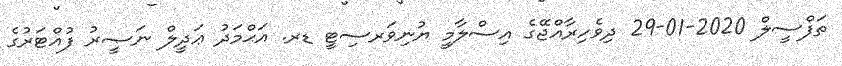
ތަފްސީލް 2020-01-29 ދިވެހިރާއްޖޭގެ އިސްލާމީ ޔުނިވަރސިޓީ ޑރ. އަޙްމަދު ޢަދީލް ނަޞީރު ފުއްޓަރުގެ